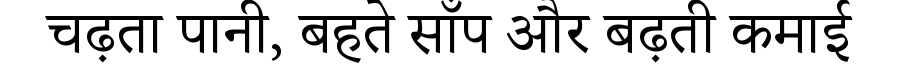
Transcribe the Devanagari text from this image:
चढ़ता पानी, बहते साँप और बढ़ती कमाई